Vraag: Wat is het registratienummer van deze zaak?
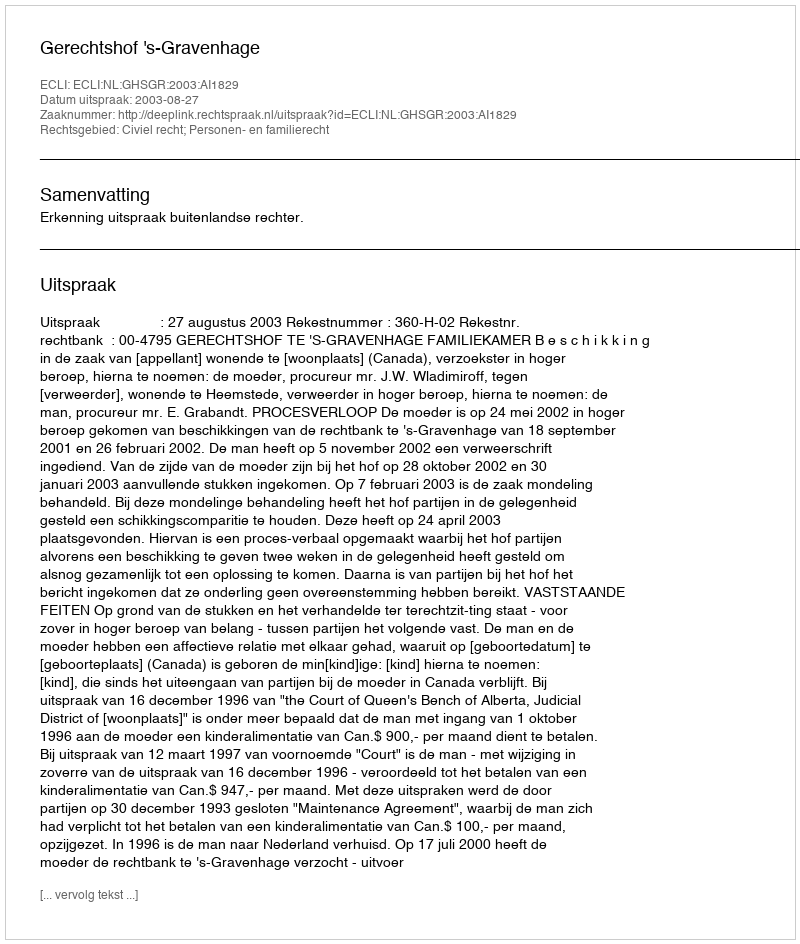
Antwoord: http://deeplink.rechtspraak.nl/uitspraak?id=ECLI:NL:GHSGR:2003:AI1829